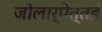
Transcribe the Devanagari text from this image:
जोलार्पेत्तई